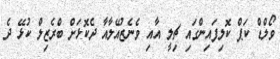
ވޯލްޑް ކަޕް ކޮލިފައިންގައި ޗިލީ އާއި ވެނެޒުއޭލާއާ ދެކޮޅަށް ބްރެޒިލް ކުޅޭ ދެ